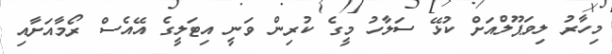
މިހާރު ލިވަޕޫލްއަށް ކުޅޭ ސަލާހު މީގެ ކުރިން ވަނީ އިޓަލީގެ އޭއެސް ރޯމާއަށާއި